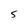
Character: 5